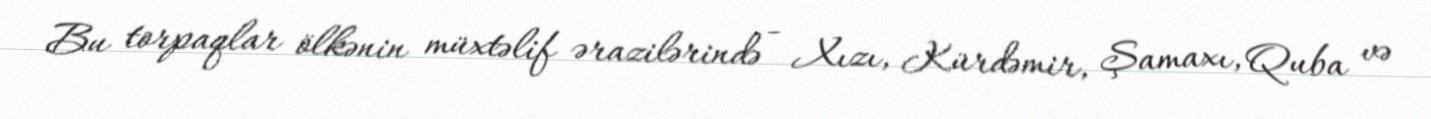
Bu torpaqlar ölkənin müxtəlif ərazilərində - Xızı, Kürdəmir, Şamaxı, Quba və